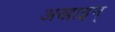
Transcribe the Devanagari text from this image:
अखाइन्